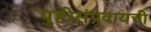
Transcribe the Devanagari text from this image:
पुष्टीसंप्रदायची